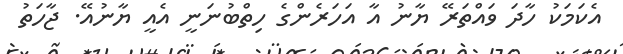
އެކަމަކު ހާދަ ވައްތަރޭ ޔާނު އާ އަހަރެންގެ ހިތްބުނަނީ އެއީ ޔާނުއޭ. ޖާހަތު